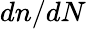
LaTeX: dn/dN